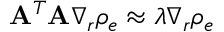
{ \bf A } ^ { T } { \bf A } \nabla _ { r } \rho _ { e } \approx \lambda \nabla _ { r } \rho _ { e }